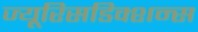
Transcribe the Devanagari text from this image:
ज्यूरिसडिक्शन्स